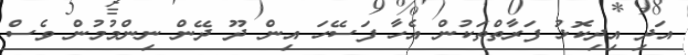
އަދި އިދިކޮޅު ފަރާތްތަކުން އެހާ ފަސޭހަ އިން ދޫ ދޭން ނިންމުމުން ވެސް